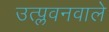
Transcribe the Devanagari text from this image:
उत्प्लवनवाले